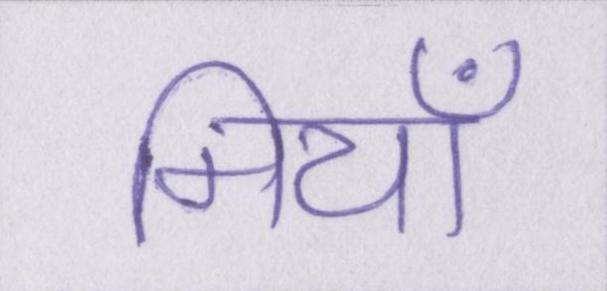
मियाँ